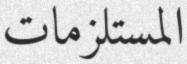
المستلزمات